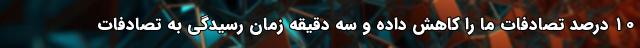
۱۰ درصد تصادفات ما را کاهش داده و سه دقیقه زمان رسیدگی به تصادفات